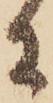
に